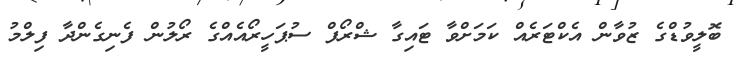
ބޮލީވުޑްގެ ޒުވާން އެކްޓަރެއް ކަމަށްވާ ޓައިގާ ޝްރޯފް ސުޕަހީރޯއެއްގެ ރޯލުން ފެނިގެންދާ ފިލްމު